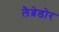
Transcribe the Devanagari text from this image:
लैब्रेडोर